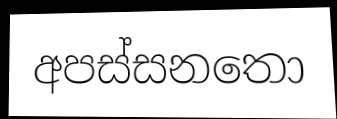
අපස්සනතො